Source: Handwritten
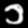
Digit: ၁ (1)